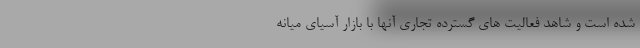
شده است و شاهد فعالیت های گسترده تجاری آنها با بازار آسیای میانه